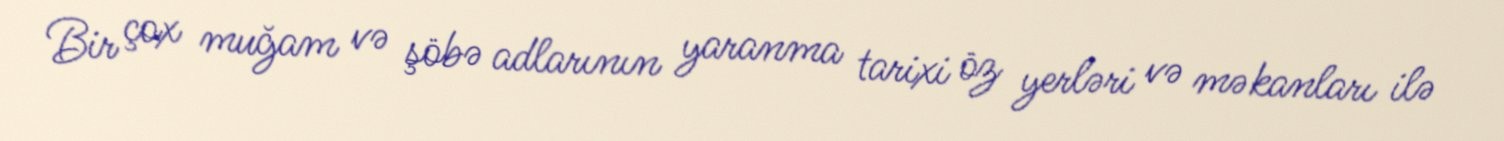
Bir çox muğam və şöbə adlarının yaranma tarixi öz yerləri və məkanları ilə